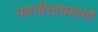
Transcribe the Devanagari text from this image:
नवनीताप्रमाणे